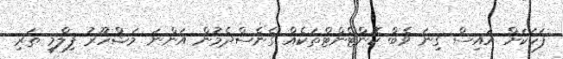
ފަހަކަށް އައިސް ގިނަ ވެބް ކޮންޓެންޓްތަކެއް ގެނެސްދެމުން އަންނަ މަޝްހޫރު ފިލްމީ ތަރި